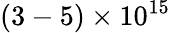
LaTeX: (3-5)\times 10^{15}